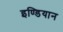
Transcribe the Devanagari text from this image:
इण्डियान